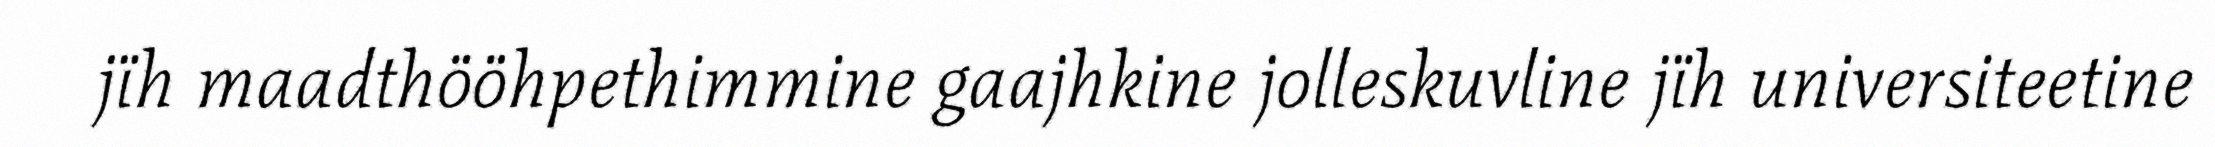
jïh maadthööhpethimmine gaajhkine jolleskuvline jïh universiteetine